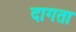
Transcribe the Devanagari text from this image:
दागता